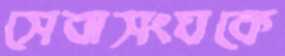
সেবাসংঘকে